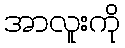
အာလူးကို